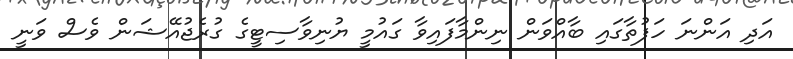
އަދި އަންނަ ހަފުތާގައި ބާއްވަން ނިންމާފައިވާ ގައުމީ ޔުނިވާސިޓީގެ ގުރެޖުއޭޝަން ވެސް ވަނީ